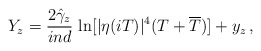
\begin{align*}Y_z=\frac{2\hat{\gamma}_z}{ind}\,\ln [|\eta (iT)|^4(T+\overline{T})]+y_z\, ,\end{align*}